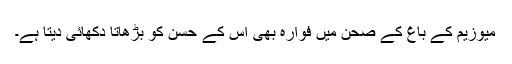
میوزیم کے باغ کے صحن میں فوارہ بھی اس کے حسن کو بڑھاتا دکھائی دیتا ہے۔